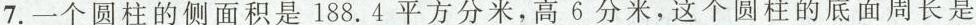
7.一个圆柱的侧面积是188.4平方分米，高6分米，这个圆柱的底面周长是